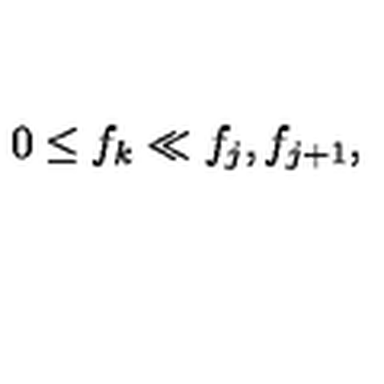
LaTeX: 0 \le f _ { k } \ll f _ { j } , f _ { j + 1 } ,